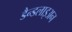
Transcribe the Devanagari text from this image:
डैन्डलाइअन